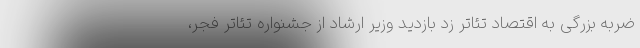
ضربه بزرگی به اقتصاد تئاتر زد بازدید وزیر ارشاد از جشنواره تئاتر فجر،